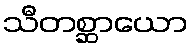
သီတစ္ဆာယော